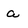
Character: a